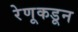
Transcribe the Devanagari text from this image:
रेणूकडून